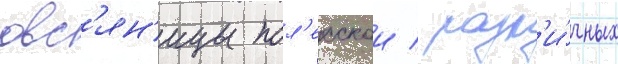
овс'ян'ицы пол'есскои / разл'и́чных